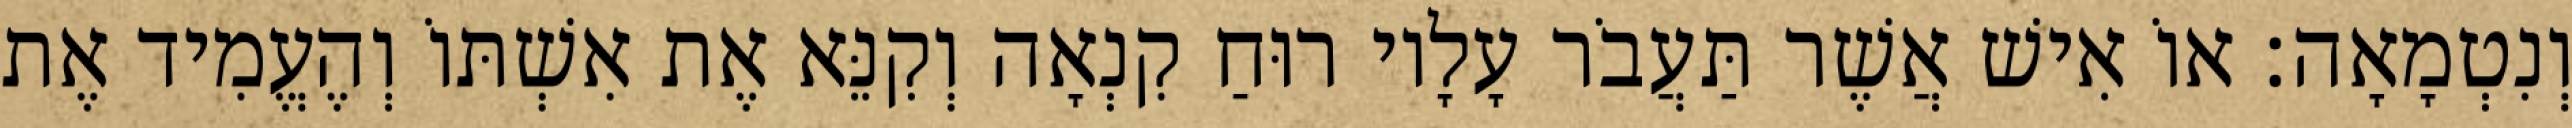
וְנִטְמָאָה׃ אוֹ אִישׁ אֲשֶׁר תַּעֲבֹר עָלָיו רוּחַ קִנְאָה וְקִנֵּא אֶת אִשְׁתּוֹ וְהֶעֱמִיד אֶת